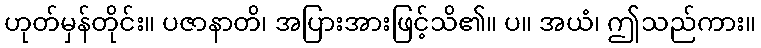
ဟုတ်မှန်တိုင်း။ ပဇာနာတိ၊ အပြားအားဖြင့်သိ၏။ ပ။ အယံ၊ ဤသည်ကား။